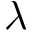
\lambda